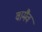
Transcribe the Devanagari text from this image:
वामैव